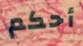
أحكم